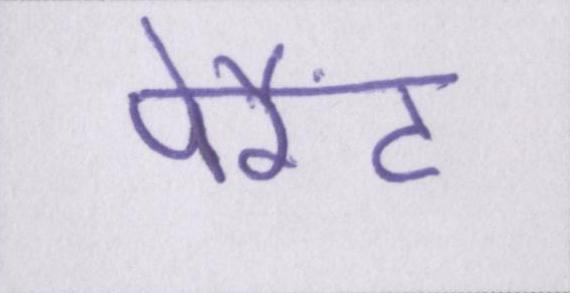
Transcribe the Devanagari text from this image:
पेरैंट